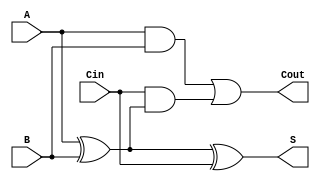
module full_adder (
    input wire A,      // First binary input
    input wire B,      // Second binary input
    input wire Cin,    // Carry input
    output wire S,     // Sum output
    output wire Cout    // Carry output
);

// Internal signals for intermediate calculations
wire sum_ab;        // Intermediate sum of A and B
wire carry_ab;      // Carry from A and B

// Compute the sum and carry-out using combinational logic
assign sum_ab = A ^ B;               // A XOR B
assign S = sum_ab ^ Cin;             // Sum = (A XOR B) XOR Cin
assign carry_ab = A & B;             // Carry from A and B
assign Cout = carry_ab | (Cin & sum_ab); // Cout = (A AND B) OR (Cin AND (A XOR B))

endmodule